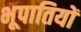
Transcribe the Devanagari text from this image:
भूपातियों